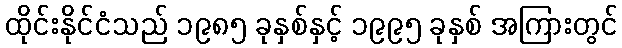
ထိုင်းနိုင်ငံသည် ၁၉၈၅ ခုနှစ်နှင့် ၁၉၉၅ ခုနှစ် အကြားတွင်